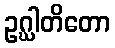
ဥဂ္ဃါတိတော